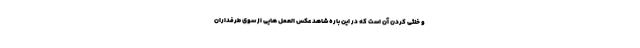
و خنثی کردن آن است که در این باره شاهد عکس العمل هایی از سوی طرفداران